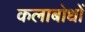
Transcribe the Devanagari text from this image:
कलाबोधों